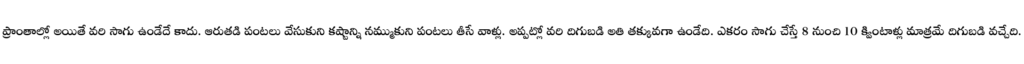
ప్రాంతాల్లో అయితే వరి సాగు ఉండేదే కాదు. ఆరుతడి పంటలు వేసుకుని కష్టాన్ని నమ్ముకుని పంటలు తీసే వాళ్లు. అప్పట్లో వరి దిగుబడి అతి తక్కువగా ఉండేది. ఎకరం సాగు చేస్తే 8 నుంచి 10 క్వింటాళ్లు మాత్రమే దిగుబడి వచ్చేది.